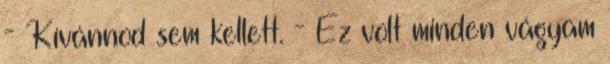
- Kívánnod sem kellett. - Ez volt minden vágyam